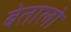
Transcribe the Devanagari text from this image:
बेतालो